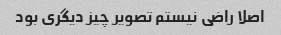
اصلا راضی نیستم تصویر چیز دیگری بود